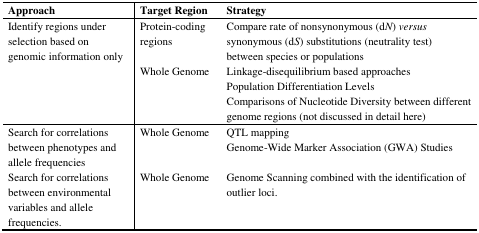
<table><thead><tr><td><b>Approach</b></td><td><b>Target Region</b></td><td><b>Strategy</b></td></tr></thead><tbody><tr><td rowspan="2">Identify regions under selection based on genomic information only</td><td>Protein-coding regions</td><td>Compare rate of nonsynonymous (d<i>N</i>) <i>versus</i> synonymous (d<i>S</i>) substitutions (neutrality test) between species or populations</td></tr><tr><td>Whole Genome</td><td>Linkage-disequilibrium based approachesPopulation Differentiation LevelsComparisons of Nucleotide Diversity between different genome regions (not discussed in detail here)</td></tr><tr><td>Search for correlations between phenotypes and allele frequencies</td><td>Whole Genome</td><td>QTL mappingGenome-Wide Marker Association (GWA) Studies</td></tr><tr><td>Search for correlations between environmental variables and allele frequencies.</td><td>Whole Genome</td><td>Genome Scanning combined with the identification of outlier loci.</td></tr></tbody></table>